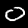
Digit: 0